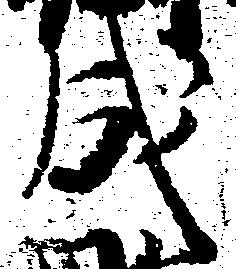
成